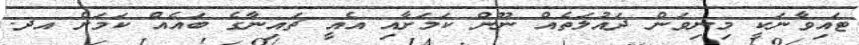
ޓައިވާނަކީ މިނިވަން ދައުލަތެއް ނޫން ކަމަށާއި އެއީ ޗައިނާގެ ބައެއް ކަމަށް އދ.